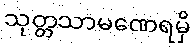
သုတ္တသာမဏေရမှိ